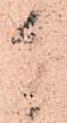
な